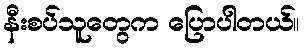
နီးစပ်သူတွေက ပြောပါတယ်။